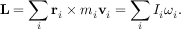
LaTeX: \mathbf { L } = \sum _ { i } \mathbf { r } _ { i } \times m _ { i } \mathbf { v } _ { i } = \sum _ { i } I _ { i } { \boldsymbol { \omega } } _ { i } .